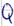
Text: Q